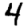
Digit: 4